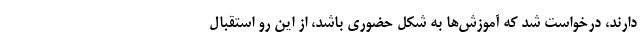
دارند، درخواست شد که آموزش‌ها به شکل حضوری باشد، از این رو استقبال